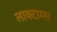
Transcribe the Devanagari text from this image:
लाक्टाम्स